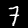
Digit: 7